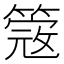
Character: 𥲃